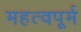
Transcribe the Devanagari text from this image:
महत्वपूर्म